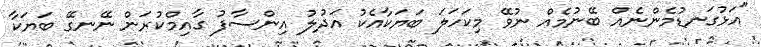
"އަޅުގަނޑުމެންނެއް ބޭނުމެއް ނުވޭ މިކަހަލަ ބަޔަކާއެކު އަދުލު އިންސާފު ގާއިމްކުރަން ނޭނގޭ ބަޔަކާ